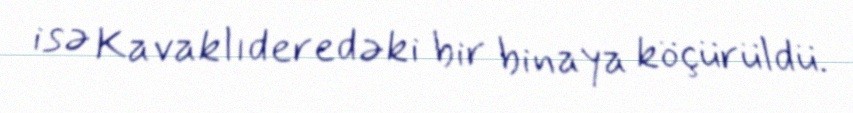
isə Kavaklıderedəki bir binaya köçürüldü.